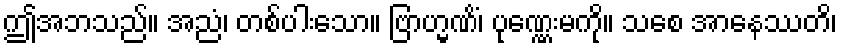
ဤအဘသည်။ အညံ၊ တစ်ပါးသော။ ဗြာဟ္မဏိံ၊ ပုဏ္ဏေးမကို။ သစေ အာနေဿတိ၊